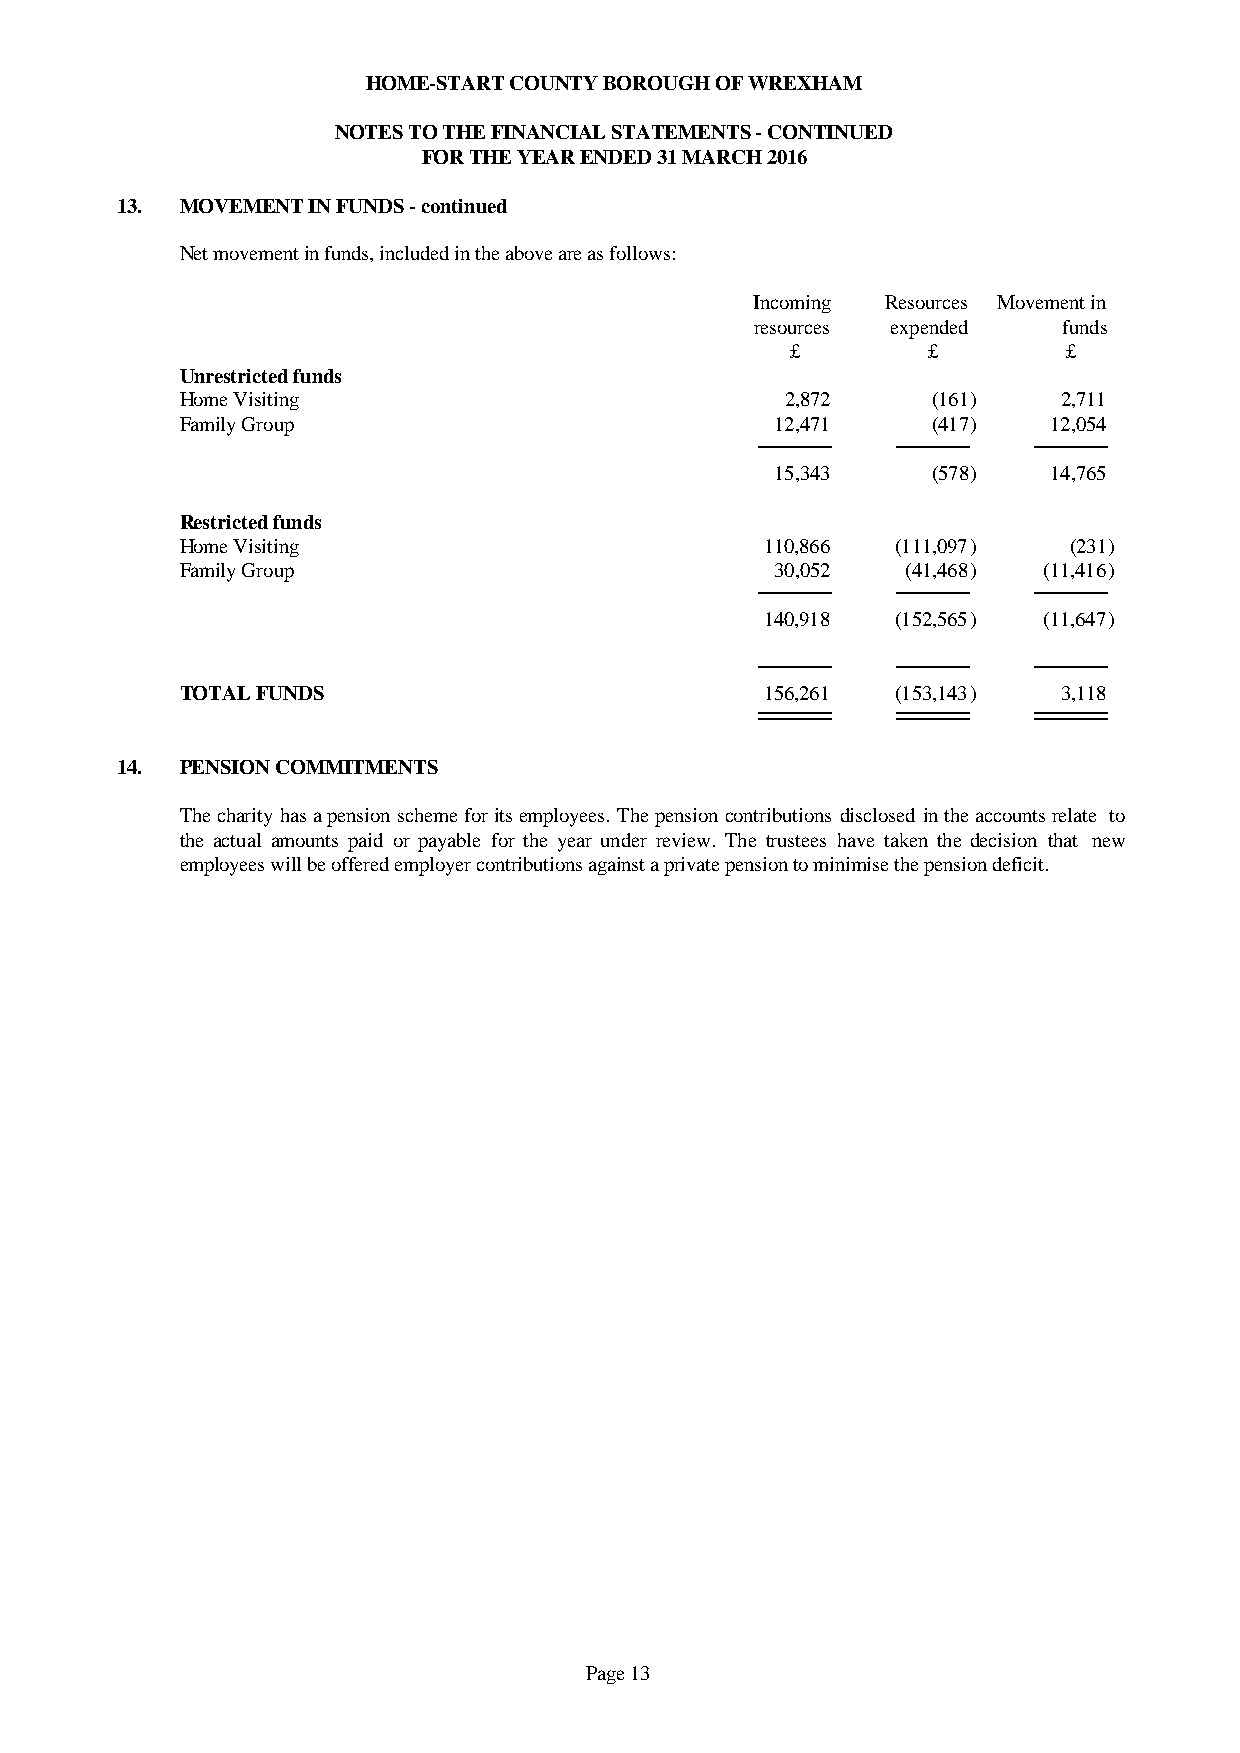
HOME-START COUNTY BOROUGH OF WREXHAM
 NOTES TO THE FINANCIAL STATEMENTS - CONTINUED
 FOR THE YEAR ENDED 31 MARCH 2016
 13. MOVEMENT IN FUNDS - continued
 Net movement in funds, included in the above are as follows:
 Incoming Resources Movement in
 resources expended  funds
 £        £         £
 Unrestricted funds
 Home Visiting                           2,872     (161)   2,711
 Family Group                           12,471     (417)   12,054
 15,343     (578)   14,765
 Restricted funds
 Home Visiting                          110,866 (111,097)   (231)
 Family Group                           30,052   (41,468) (11,416)
 140,918 (152,565) (11,647)
 TOTAL FUNDS                            156,261 (153,143)  3,118
 14. PENSION COMMITMENTS
 Thecharityhasapensionschemeforitsemployees.Thepensioncontributionsdisclosedintheaccountsrelate to
 the actual amounts paid or payable for the year under review. The trustees have taken the decision that new
 employees will be offered employer contributions against a private pension to minimise the pension deficit.
 Page 13